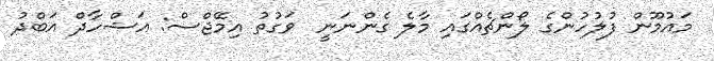
މައުމޫން ފުލުހުންގެ ލޯންޗެއްގައި މާލެ ގެންނަނީ  ވަގުތު އިމޭޖްސް: އަޝްހާދް އަބްދު